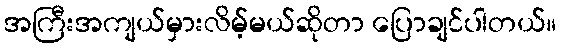
အကြီးအကျယ်မှားလိမ့်မယ်ဆိုတာ ပြောချင်ပါတယ်။